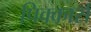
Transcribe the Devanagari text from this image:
पिक्कार्स